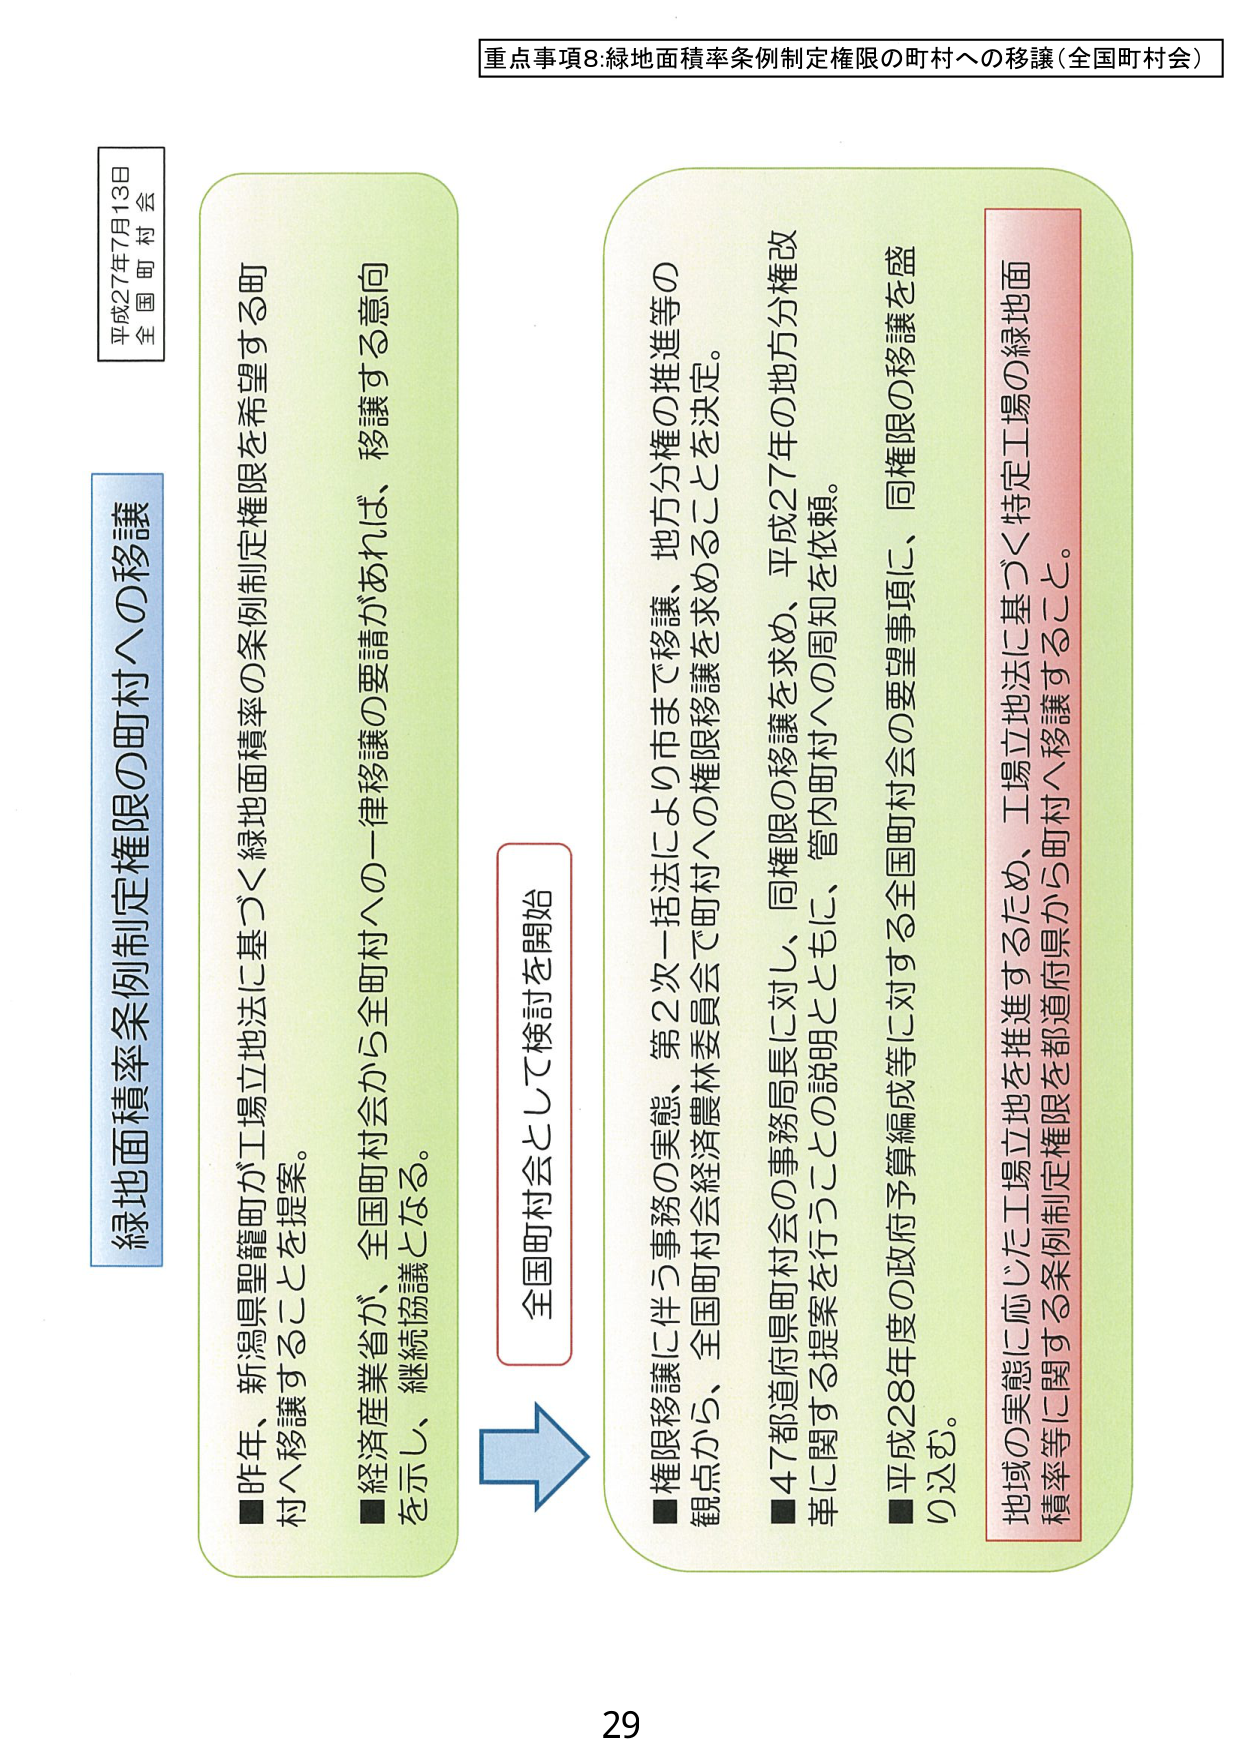
重点事項8:緑地面積率条例制定権限の町村への移譲(全国町村会)

平成27年7月13日
全国町村会

緑地面積率条例制定権限の町村への移譲

■昨年、新潟県聖籠町が工場立地法に基づく緑地面積率の条例制定権限を希望する町村へ移譲することを提案。
■経済産業省が、全国町村会から全町村への一律移譲の要請があれば、移譲する意向を示し、継続協議となる。

全国町村会として検討を開始

■権限移譲に伴う事務の実態、第2次一括法により市まで移譲、地方分権の推進等の観点から、全国町村会経済農林委員会で町村への権限移譲を求めることを決定。
■47都道府県町村会の事務局長に対し、同権限の移譲を求め、平成27年の地方分権改革に関する提案を行うとともに、管内町村への周知を依頼。
■平成28年度の政府予算編成等に対する全国町村会の要望事項に、同権限の移譲を盛り込む。

地域の実態に応じた工場立地を推進するため、工場立地法に基づく特定工場の緑地面積率等に関する条例制定権限を都道府県から町村へ移譲すること。

29